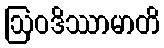
ဩဝဒိဿာမာတိ